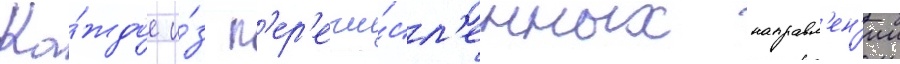
Ка́ждое и́з п'ер'ечи́сл'енных направл'ен'ии